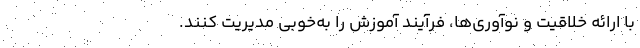
با ارائه خلاقیت و نوآوری‌ها، فرآیند آموزش را به‌خوبی مدیریت کنند.